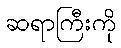
ဆရာကြီးကို